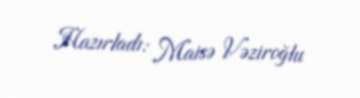
Hazırladı: Maisə Vəziroğlu